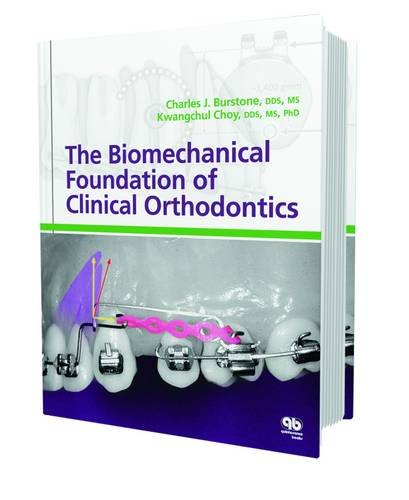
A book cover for The Biomechanical Foundation of Clinical Orthodontics; Charles J. Burstone; Medical Books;